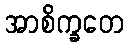
အာစိက္ခတေ